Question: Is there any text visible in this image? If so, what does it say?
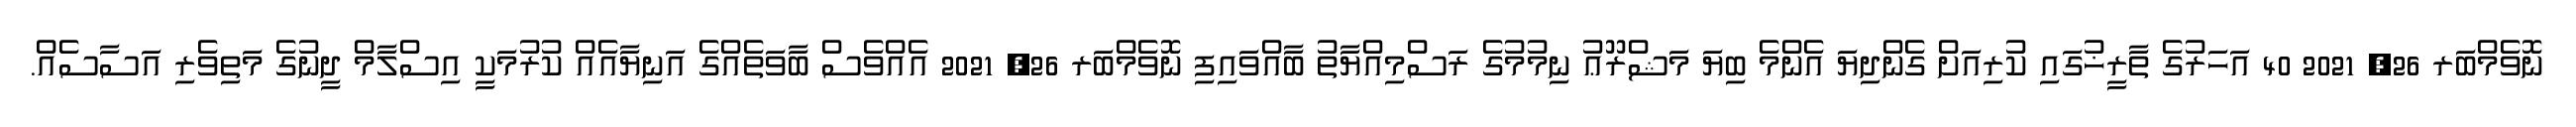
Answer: ނޮވެމްބަރ 26, 2021 40 އަހަރުގެ ތާރީޚުގައި ކުރިއަށް ގެންދިޔަ އެންމެ ބިޔަ މަޝްރޫޢު ނިމުމުގެ ރަސްމިއްޔާތު ބާއްވައިފި ނޮވެމްބަރ 26, 2021 އެއްވެސް ބާވަތެއްގެ އަނިޔާއެއް ކުރުމަކީ އިސްލާމް ދީނުގެ މަތިވެރި އަސާސެއް.